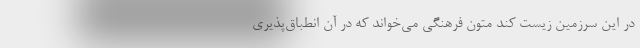
در این سرزمین زیست کند متون فرهنگی می‌خواند که در آن انطباق‌پذیری